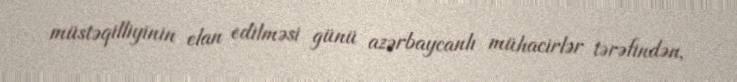
müstəqilliyinin elan edilməsi günü azərbaycanlı mühacirlər tərəfindən,